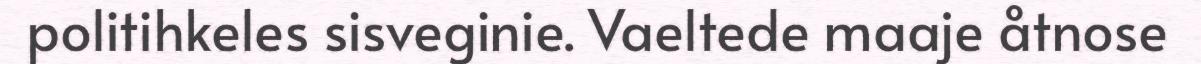
politihkeles sisveginie. Vaeltede maaje åtnose